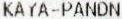
KAYA-PANDN